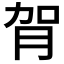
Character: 𦙺